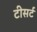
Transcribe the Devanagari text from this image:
टीसर्ट